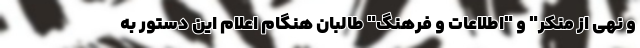
و نهی از منکر" و "اطلاعات و فرهنگ" طالبان هنگام اعلام این دستور به